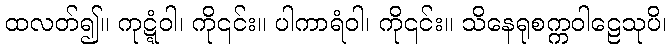
ထလတ်၍။ ကုဋ္ဋံဝါ၊ ကို၎င်း။ ပါကာရံဝါ၊ ကို၎င်း။ သိနေရုစက္ကဝါဠေသုပိ၊